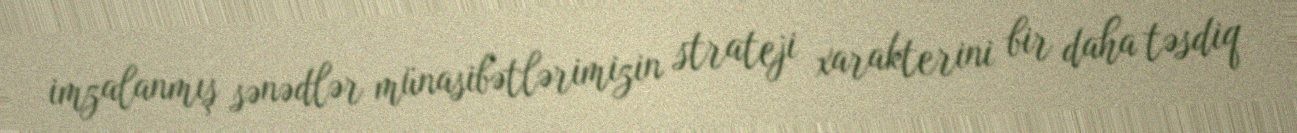
imzalanmış sənədlər münasibətlərimizin strateji xarakterini bir daha təsdiq